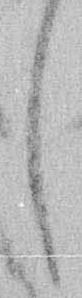
し